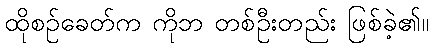
ထိုစဉ်ခေတ်က ကိုဘ တစ်ဦးတည်း ဖြစ်ခဲ့၏။